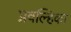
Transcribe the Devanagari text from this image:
प्रवल्हिका